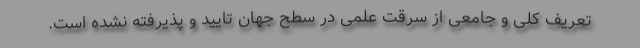
تعریف کلی و جامعی از سرقت علمی در سطح جهان تایید و پذیرفته نشده است.